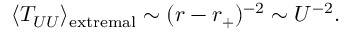
\langle T _ { U U } \rangle _ { \mathrm { e x t r e m a l } } \sim ( r - r _ { + } ) ^ { - 2 } \sim U ^ { - 2 } .